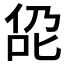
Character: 𪝁